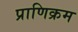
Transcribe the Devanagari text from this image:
प्राणिक्रम